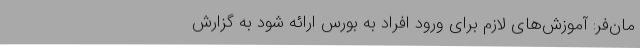
مان‌فر: آموزش‌های لازم برای ورود افراد به بورس ارائه شود به گزارش